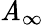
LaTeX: \mathit{A}_{\infty}